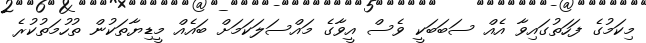
މިކަމުގެ ފަހަތުގައިވާ އެއް ސަބަބަކީ ވެސް އީވާގެ މައްސަލަކަމަށް ބައެއް މީޑިޔާތަކުން ތުހުމަތުކުރެ